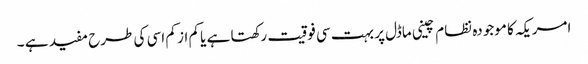
امریکہ کا موجودہ نظام چینی ماڈل پر بہت سی فوقیت رکھتا ہے یا کم از کم اسی کی طرح مفید ہے ۔